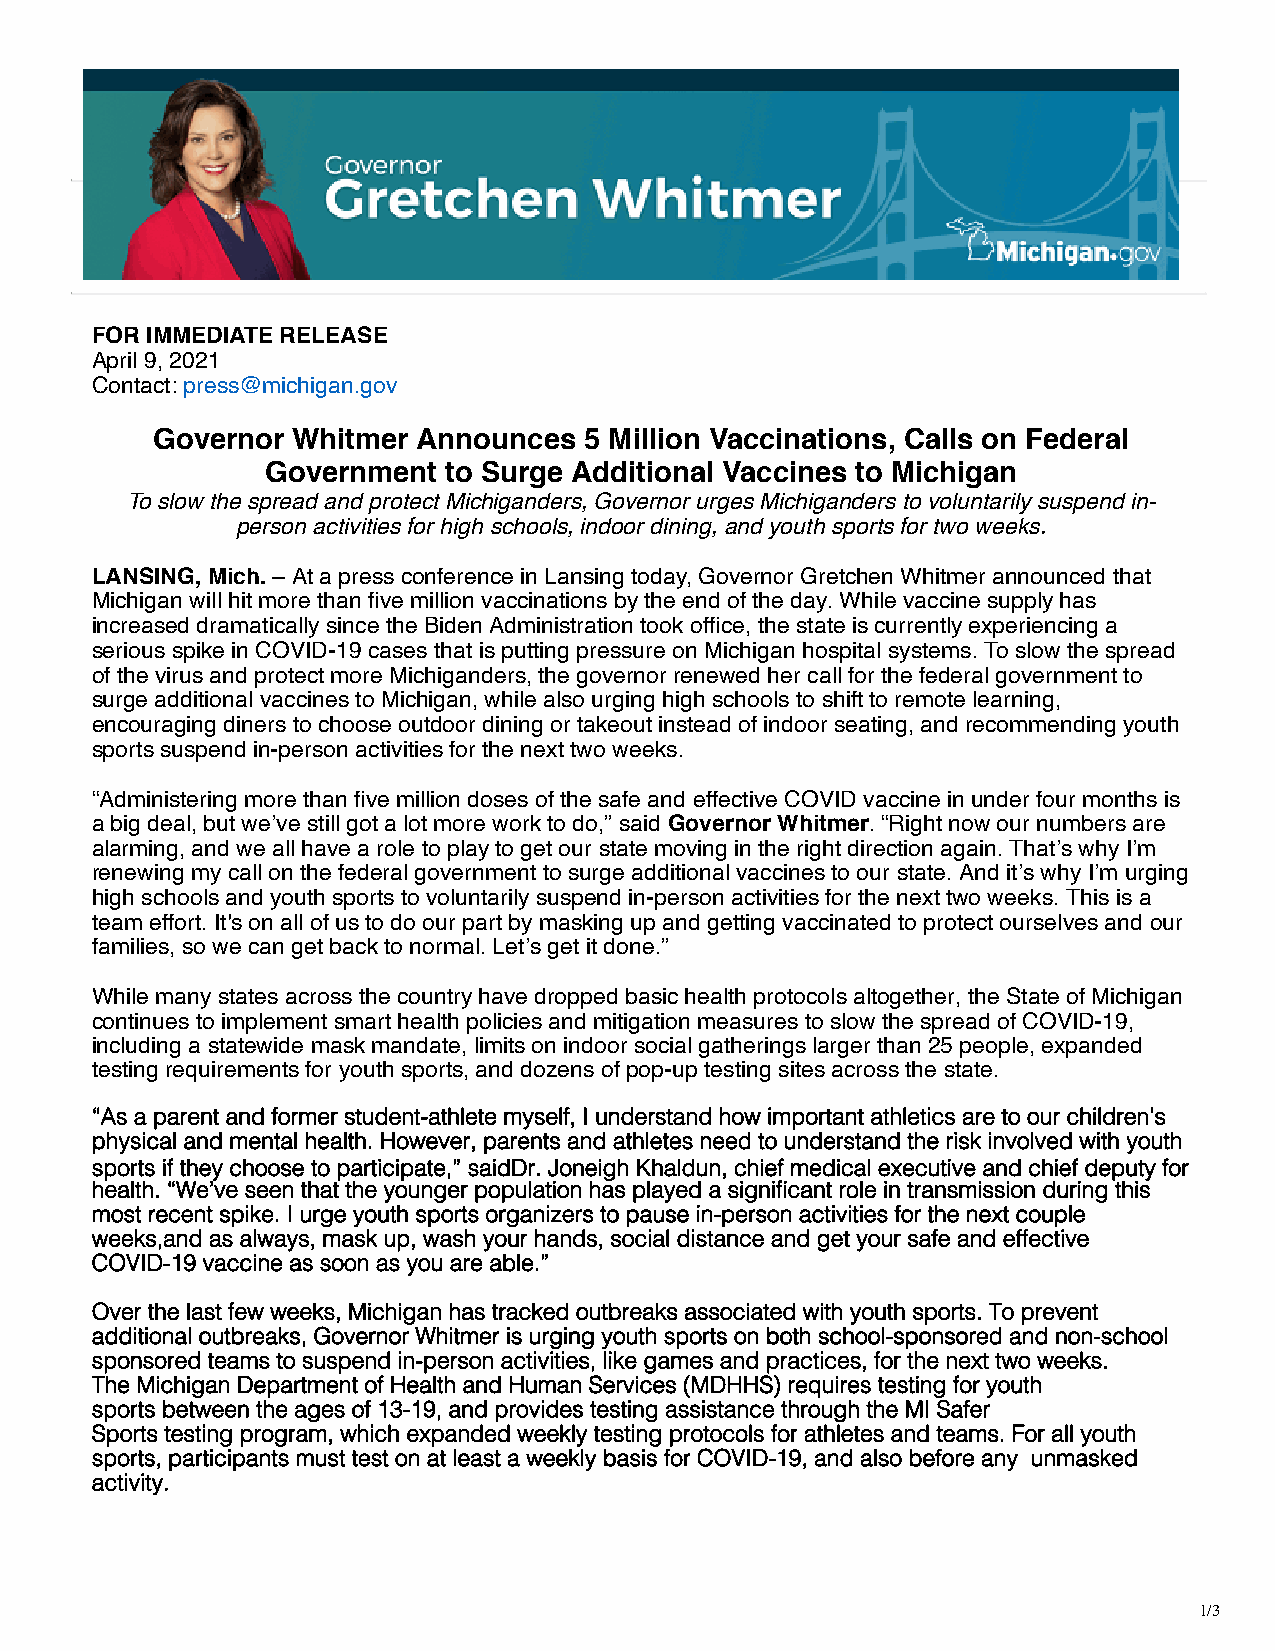
FOR IMMEDIATE RELEASE
 April 9, 2021
 Contact: press@michigan.gov
 Governor Whitmer  Announces  5 Million Vaccinations, Calls on Federal
 Government to Surge Additional Vaccines to Michigan
 To slow the spread and protect Michiganders, Governor urges Michiganders to voluntarily suspend in-
 person activities for high schools, indoor dining, and youth sports for two weeks.
 LANSING, Mich. – At a press conference in Lansing today, Governor Gretchen Whitmer announced that
 Michigan will hit more than five million vaccinations by the end of the day. While vaccine supply has
 increased dramatically since the Biden Administration took office, the state is currently experiencing a
 serious spike in COVID-19 cases that is putting pressure on Michigan hospital systems. To slow the spread
 of the virus and protect more Michiganders, the governor renewed her call for the federal government to
 surge additional vaccines to Michigan, while also urging high schools to shift to remote learning,
 encouraging diners to choose outdoor dining or takeout instead of indoor seating, and recommending youth
 sports suspend in-person activities for the next two weeks.
 “Administering more than five million doses of the safe and effective COVID vaccine in under four months is
 a big deal, but we’ve still got a lot more work to do,” said Governor Whitmer. “Right now our numbers are
 alarming, and we all have a role to play to get our state moving in the right direction again. That’s why I’m
 renewing my call on the federal government to surge additional vaccines to our state. And it’s why I’m urging
 high schools and youth sports to voluntarily suspend in-person activities for the next two weeks. This is a
 team effort. It's on all of us to do our part by masking up and getting vaccinated to protect ourselves and our
 families, so we can get back to normal. Let’s get it done.”
 While many states across the country have dropped basic health protocols altogether, the State of Michigan
 continues to implement smart health policies and mitigation measures to slow the spread of COVID-19,
 including a statewide mask mandate, limits on indoor social gatherings larger than 25 people, expanded
 testing requirements for youth sports, and dozens of pop-up testing sites across the state.
 “As a parent and former student-athlete myself, I understand how important athletics are to our children’s
 physical and mental health. However, parents and athletes need to understand the risk involved with youth
 sports if they choose to participate,” saidD r. Joneigh Khaldun, chief medical executive and chief deputy for
 health. “We’ve seen that the younger population has played a significant role in transmission during this
 most recent spike. I urge youth sports organizers to pause in-person activities for the next couple
 weeks,and as always, mask up, wash your hands, social distance and get your safe and effective
 COVID-19 vaccine as soon as you are able.”
 Over the last few weeks, Michigan has tracked outbreaks associated with youth sports. To prevent
 additional outbreaks, Governor Whitmer is urging youth sports on both school-sponsored and non-school
 sponsored teams to suspend in-person activities, like games and practices, for the next two weeks.
 The Michigan Department of Health and Human Services (MDHHS) requires testing for youth
 sports between the ages of 13-19, and provides testing assistance through the MI Safer
 Sports testing program, which expanded weekly testing protocols for athletes and teams. For all youth
 sports, participants must test on at least a weekly basis for COVID-19, and also before any unmasked
 activity.
 1/3